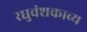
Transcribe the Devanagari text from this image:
रघुवंशकाव्य